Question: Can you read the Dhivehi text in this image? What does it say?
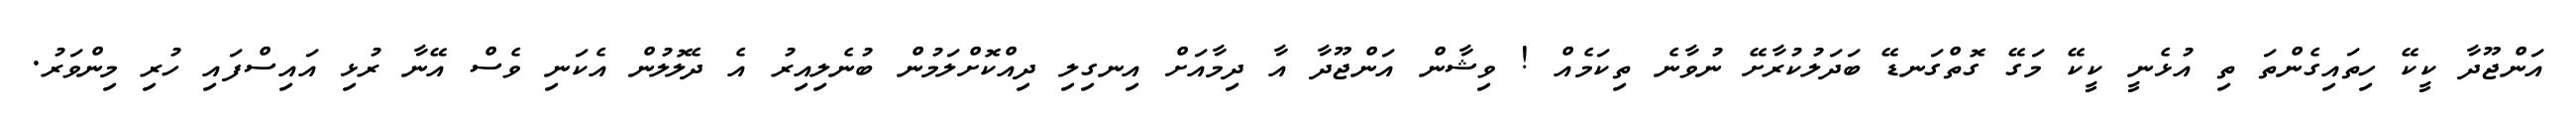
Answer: އަންޖޫދާ ކީކޭ ހިތައިގެންތަ ތި އުޅެނީ ކީކޭ މަގޭ ގޮތްގަނޑޭ ބަދަލުކުރާށޭ ނުވާނެ ތިކަމެއް ! ވިޝާން އަންޖޫދާ އާ ދިމާއަށް އިނގިލި ދިއްކޮށްލަމުން ބުނެލިއިރު އެ ދެލޮލުން އެކަނި ވެސް އޭނާ ރުޅި އައިސްފައި ހުރި މިންވަރު.